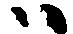
ハ